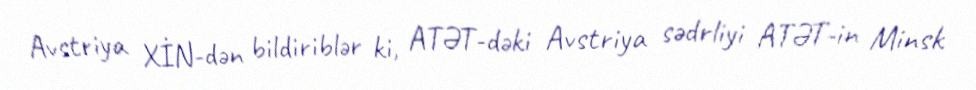
Avstriya XİN-dən bildiriblər ki, ATƏT-dəki Avstriya sədrliyi ATƏT-in Minsk